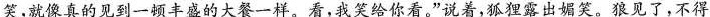
笑，就像真的见到一顿丰盛的大餐一样。看，我笑给你看。”说着，狐狸露出媚笑。狼见了，不得